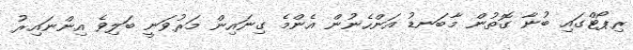
ރިޕޯޓްގައި ބުނާ ގޮތުން މާބަނޑު އަންހެނުން އެންމެ ގިނައިން މަރުވަނީ ބަލިވެ އިންނައިރު